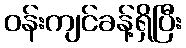
ဝန်းကျင်ခန့်ရှိပြီး